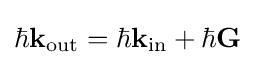
\hbar \mathbf {k} _{\mathrm {out} }=\hbar \mathbf {k} _{\mathrm {in} }+\hbar \mathbf {G}